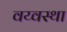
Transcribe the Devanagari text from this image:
वय्वस्था